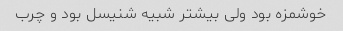
خوشمزه بود ولی بیشتر شبیه شنیسل بود و چرب